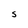
Character: S